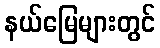
နယ်မြေများတွင်